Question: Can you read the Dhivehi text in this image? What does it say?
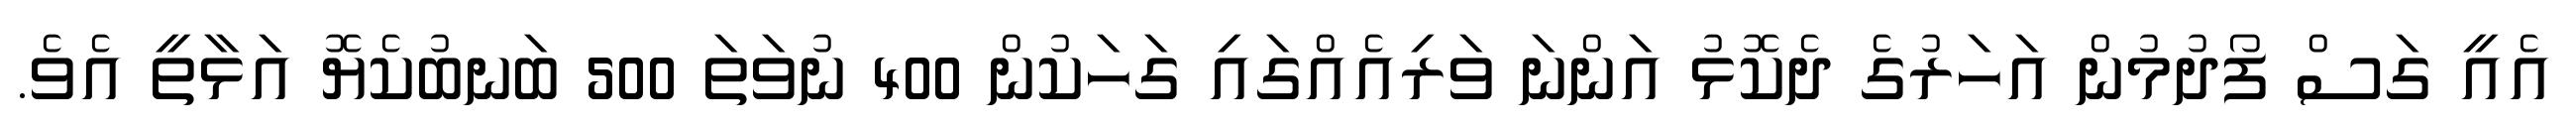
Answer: އެއީ ގަސް ފޯދުމުން އަހަރުގެ ދެކޮޅު އަންނަ ވަރިއެއްގައި ގަހަކުން 400 ނުވަތަ 500 ބަނބުކެޔޮ އަޅާތީ އެވެ.